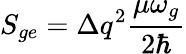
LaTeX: S_{ge}=\Delta q^{2}\frac{\mu\omega_{g}}{2\hbar}